Insane asylums in Bengal annual reports 1876-1887 - 1876-1887
Year: 1876
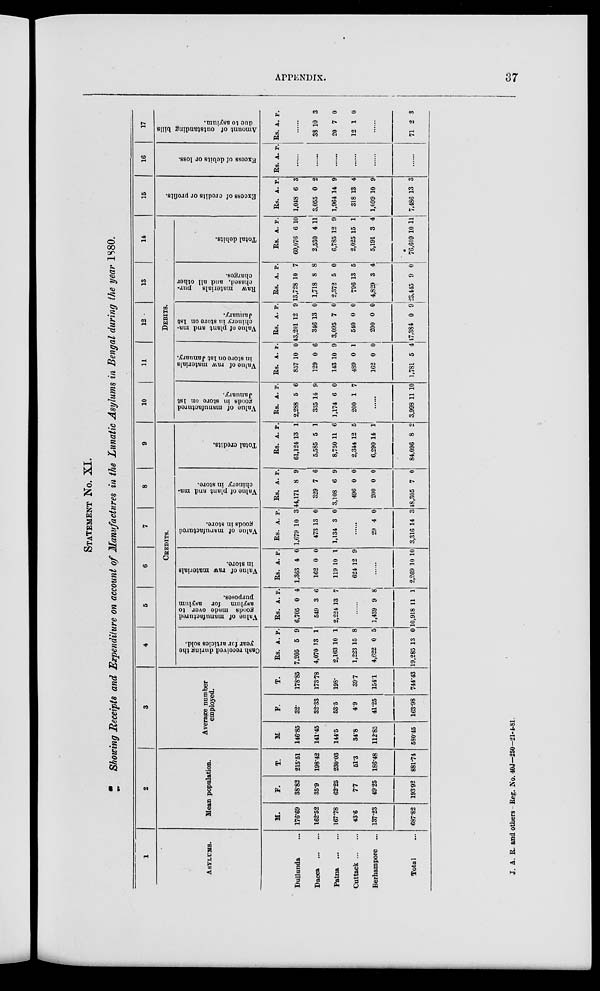
APPENDIX.
37
STATEMENT No. XI.
Showing Receipts and Expenditure on account of Manufactures in the Lunatic Asylums in Bengal during the year 1880.
1
ASYLUMS.
Dullunda ...
Dacca
...
...
Patna
...
...
Cuttack
...
...
Berhampore ...
Total ...
2
Mean population.
M.
176.69
162.52
167.78
43.6
137.23
687.82
F.
38.82
35.9
62.25
7.7
49.25
193.92
T.
215.51
198.42
230.03
51.3
186.48
881.74
3
Average number
employed.
M.
146.85
141.45
144.5
34.8
112.85
580.45
F.
32.
32.33
53.5
4.9
41.25
163.98
T.
178.85
173.78
198.
39.7
154.1
744.43
4
5
6
7
8
9
CREDITS.
Cash received during the
year for articles sold.
Rs.
7,205
4,070
2,163
1,223
4,622
19,285
A.
5
13
10
15
0
13
P.
9
1
1
8
5
0
Value of manufactured
goods made over to
asylum for asylum
purposes.
Rs.
6,705
549
2,224
A.
0
3
13
P.
4
6
7
......
1,439
10,918
9
11
8
1
Value of raw materials
in store.
Rs.
1,363
162
119
624
A.
4
0
10
12
P.
0
0
1
9
......
2,269 10 10
Value of manufactured
goods in store.
Rs.
1,679
473
1,134
A.
10
13
3
P.
3
0
0
......
29
3,316
4
14
0
3
Value of plant and ma-
chinery in store.
Rs.
44,171
329
3,108
496
200
48,305
A.
8
7
6
0
0
7
p.
9
6
9
0
0
0
Total credits.
Rs.
61,124
5,585
8,750
2,344
6,290
84,096
A.
13
5
11
12
14
8
P.
1
1
6
5
1
2
10
11
12
13
14
DEBITS.
Value of manufactured
goods in store on 1st
January.
Rs.
2,288
335
1,174
200
A.
5
14
6
1
P.
6
9
0
7
......
3,998 11 10
Value of raw materials
in store on 1st January.
Rs.
857
129
143
489
162
1,781
A.
10
0
10
0
0
5
P.
0
6
9
1
0
4
Value of plant and ma-
chinery in store on 1st
January.
Rs.
43,201
346
3,095
540
200
47,384
A.
12
13
7
0
0
0
p.
9
0
0
0
0
9
Raw materials pur-
chased, and all other
charges.
Rs.
13,728
1,718
2,372
796
4,829
23,445
A.
10
8
5
13
3
9
P.
7
8
0
5
4
0
Total debits.
Rs.
60,076
2,530
6,785
2,025
5,191
76,609
A.
6
4
12
15
3
10
P.
10
11
9
1
4
11
15
Excess of credits or profits.
Rs.
1,048
3,055
1,964
318
1,099
7,486
A.
6
0
14
13
10
13
P.
3
2
9
4
9
3
16
Excess of debits or loss.
Rs. A. p.
......
......
......
......
......
......
17
Amount of outstanding bills
due to asylum.
Rs. A. P.
......
38
20
12
10
7
1
3
0
0
......
71 2 3
J. A. R. and others Reg. No. 40J—250-21-4-81.